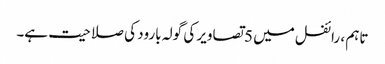
تاہم ، رائفل میں 5 تصاویر کی گولہ بارود کی صلاحیت ہے۔